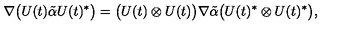
\nabla \bigl ( U ( t ) \tilde { \alpha } U ( t ) ^ { * } \bigr ) = \bigl ( U ( t ) \otimes U ( t ) \bigr ) \nabla \tilde { \alpha } \bigl ( U ( t ) ^ { * } \otimes U ( t ) ^ { * } \bigr ) ,